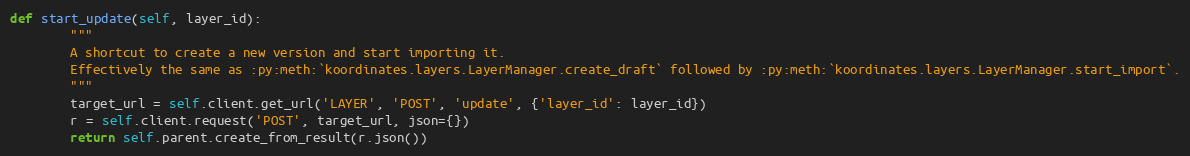
Language: Python
def start_update(self, layer_id):
        """
        A shortcut to create a new version and start importing it.
        Effectively the same as :py:meth:`koordinates.layers.LayerManager.create_draft` followed by :py:meth:`koordinates.layers.LayerManager.start_import`.
        """
        target_url = self.client.get_url('LAYER', 'POST', 'update', {'layer_id': layer_id})
        r = self.client.request('POST', target_url, json={})
        return self.parent.create_from_result(r.json())